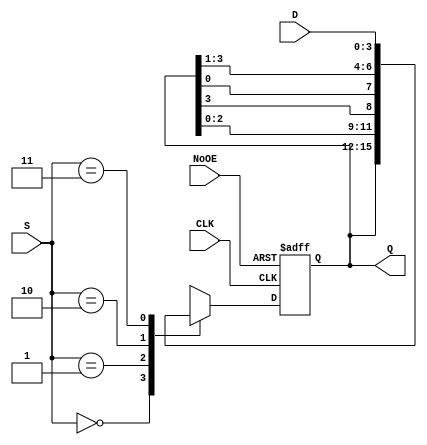
`timescale 1ns / 1ps

module No15(NoOE, S, CLK, D, Q);
	input NoOE, CLK;
	input [1:0] S;
  	input [3:0] D;
  	output [3:0] Q;
	wire NoOE, CLK;
	wire [1:0] S;
	wire [3:0] D;
  	reg [3:0] Q;
  	always @(posedge CLK or posedge NoOE)
  	begin
  		if (NoOE == 1) Q <= 4'bz; //
  		else
  		begin
  			case (S)
				2'b00: Q <= Q; //
				2'b01: Q <= {Q[2:0], Q[3]}; //
				2'b10: Q <= {Q[0], Q[3:1]}; //
				2'b11: Q <= D;
			endcase
  		end
    end
endmodule